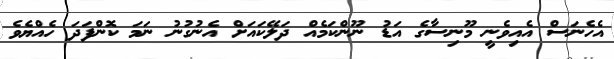
އެހެނަސް އެއިވެނީ މޫނިސާގެ އަޑު ނޫންކަމެއް ދަލޭކައަށް އެނުގުނު ނަމަ ކޮންފަދަ ހެއްޔެވެ